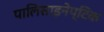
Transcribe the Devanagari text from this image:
पालिसाइनेप्टिक